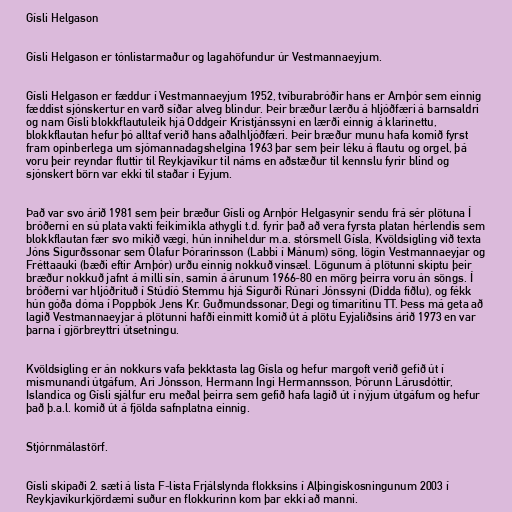
Gísli Helgason

Gísli Helgason er tónlistarmaður og lagahöfundur úr Vestmannaeyjum.

Gísli Helgason er fæddur í Vestmannaeyjum 1952, tvíburabróðir hans er Arnþór sem einnig
fæddist sjónskertur en varð síðar alveg blindur. Þeir bræður lærðu á hljóðfæri á barnsaldri
og nam Gísli blokkflautuleik hjá Oddgeir Kristjánssyni en lærði einnig á klarinettu,
blokkflautan hefur þó alltaf verið hans aðalhljóðfæri. Þeir bræður munu hafa komið fyrst
fram opinberlega um sjómannadagshelgina 1963 þar sem þeir léku á flautu og orgel, þá
voru þeir reyndar fluttir til Reykjavíkur til náms en aðstæður til kennslu fyrir blind og
sjónskert börn var ekki til staðar í Eyjum.

Það var svo árið 1981 sem þeir bræður Gísli og Arnþór Helgasynir sendu frá sér plötuna Í
bróðerni en sú plata vakti feikimikla athygli t.d. fyrir það að vera fyrsta platan hérlendis sem
blokkflautan fær svo mikið vægi, hún inniheldur m.a. stórsmell Gísla, Kvöldsigling við texta
Jóns Sigurðssonar sem Ólafur Þórarinsson (Labbi í Mánum) söng, lögin Vestmannaeyjar og
Fréttaauki (bæði eftir Arnþór) urðu einnig nokkuð vinsæl. Lögunum á plötunni skiptu þeir
bræður nokkuð jafnt á milli sín, samin á árunum 1966-80 en mörg þeirra voru án söngs. Í
bróðerni var hljóðrituð í Stúdíó Stemmu hjá Sigurði Rúnari Jónssyni (Didda fiðlu), og fékk
hún góða dóma í Poppbók Jens Kr. Guðmundssonar, Degi og tímaritinu TT. Þess má geta að
lagið Vestmannaeyjar á plötunni hafði einmitt komið út á plötu Eyjaliðsins árið 1973 en var
þarna í gjörbreyttri útsetningu.

Kvöldsigling er án nokkurs vafa þekktasta lag Gísla og hefur margoft verið gefið út í
mismunandi útgáfum, Ari Jónsson, Hermann Ingi Hermannsson, Þórunn Lárusdóttir,
Islandica og Gísli sjálfur eru meðal þeirra sem gefið hafa lagið út í nýjum útgáfum og hefur
það þ.a.l. komið út á fjölda safnplatna einnig.

Stjórnmálastörf.

Gísli skipaði 2. sæti á lista F-lista Frjálslynda flokksins í Alþingiskosningunum 2003 í
Reykjavíkurkjördæmi suður en flokkurinn kom þar ekki að manni.